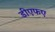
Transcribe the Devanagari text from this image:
डीएफए